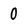
Character: 0